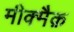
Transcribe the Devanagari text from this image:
मीक्मैक़